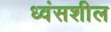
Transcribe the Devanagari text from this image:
ध्वंसशील